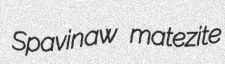
Spavinaw matezite